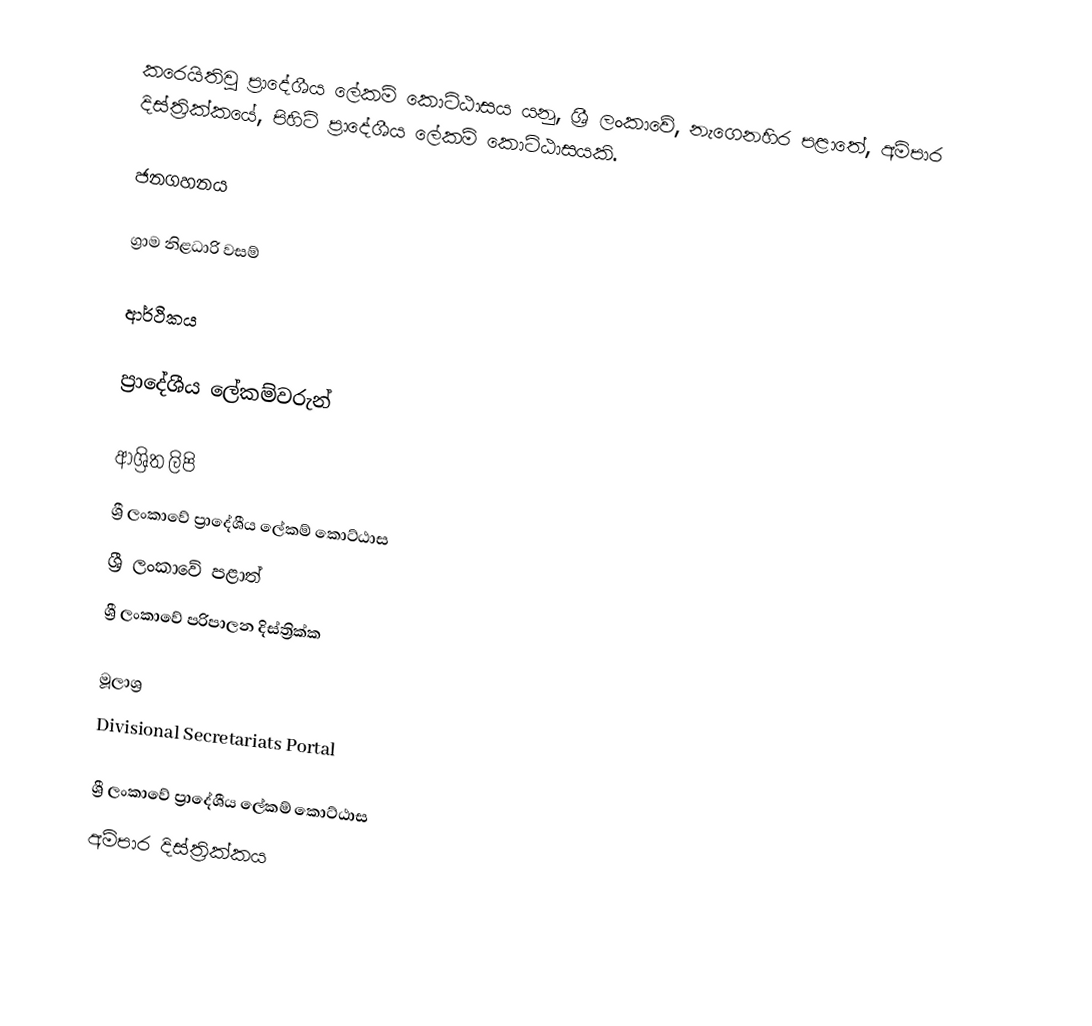
කරෙයිතිවු ප්‍රාදේශීය ලේකම් කොට්ඨාසය යනු,  ශ්‍රී ලංකාවේ, නැගෙනහිර පළාතේ,   අම්පාර දිස්ත්‍රික්කයේ, පිහිටි ප්‍රාදේශීය ලේකම් කොට්ඨාසයකි.

ජනගහනය

ග්‍රාම නිළධාරි වසම්

ආර්ථිකය

ප්‍රාදේශීය ලේකම්වරුන්

ආශ්‍රිත ලිපි
ශ්‍රී ලංකාවේ ප්‍රාදේශීය ලේකම් කොට්ඨාස
ශ්‍රී ලංකාවේ පළාත්
ශ්‍රී ලංකාවේ පරිපාලන දිස්ත්‍රික්ක

මූලාශ්‍ර
 Divisional Secretariats Portal

ශ්‍රී ලංකාවේ ප්‍රාදේශීය ලේකම් කොට්ඨාස
අම්පාර දිස්ත්‍රික්කය